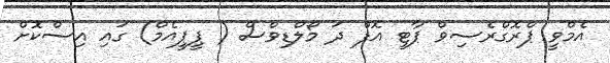
އެމްވީ ޕްރޮގްރެސިވް ޕާޓީ އޮފް ދަ މޯލްޑިވްސް ( ޕީޕީއެމް) ގައި އިސްކޮށް